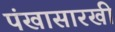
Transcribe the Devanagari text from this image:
पंखासारखी